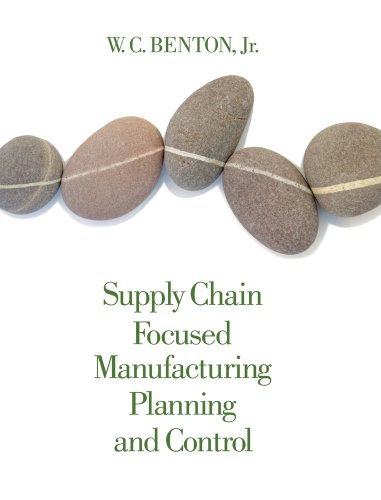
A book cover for Supply Chain Focused Manufacturing Planning and Control; W. C. Benton; Business & Money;